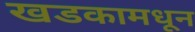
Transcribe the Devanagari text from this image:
खडकामधून